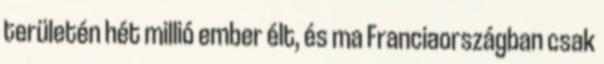
területén hét millió ember élt, és ma Franciaországban csak